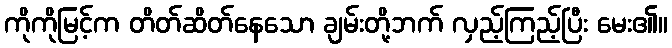
ကိုကိုမြင့်က တိတ်ဆိတ်နေသော ချမ်းတို့ဘက် လှည့်ကြည့်ပြီး မေး၏။